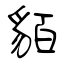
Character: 貊